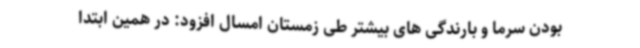
بودن سرما و بارندگی های بیشتر طی زمستان امسال افزود: در همین ابتدا